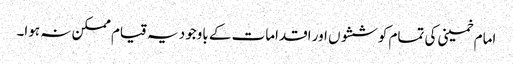
امام خمینی کی تمام کوششوں اور اقدامات کے باوجود یہ قیام ممکن نہ ہوا۔